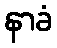
နာခံ